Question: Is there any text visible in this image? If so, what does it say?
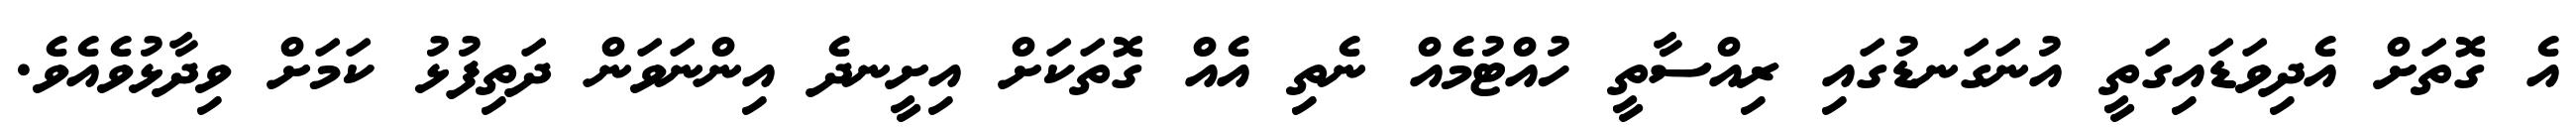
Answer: އެ ގޮތަށް އެދިވަޑައިގަތީ އުނަގަނޑުގައި ރިއްސާތީ ހުއްޓުމެއް ނެތި އެއް ގޮތަކަށް އިށީނދެ އިންނަވަން ދަތިފުޅު ކަމަށް ވިދާޅުވެއެވެ.